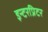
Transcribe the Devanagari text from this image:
इन्टरप्रिटर